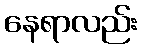
နေရာလည်း